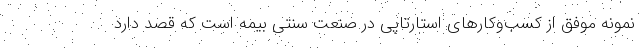
نمونه موفق از کسب‌وکارهای استارتاپی در صنعت سنتی بیمه است که قصد دارد